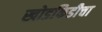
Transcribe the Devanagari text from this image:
खोडकिडीचा